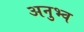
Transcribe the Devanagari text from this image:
अनुभ्व